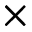
\times